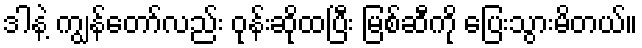
ဒါနဲ့ ကျွန်တော်လည်း ဝုန်းဆိုထပြီး မြစ်ဆီကို ပြေးသွားမိတယ်။